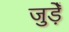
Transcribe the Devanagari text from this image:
जुड़ेँ